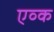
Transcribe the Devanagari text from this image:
एव्क